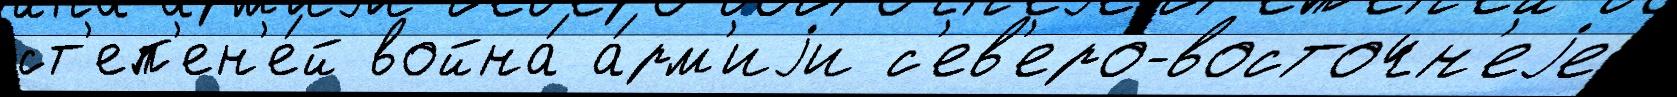
ст'еп'ен'е́й война́ а́рм'иjи с'ев'еро-восточн'еjе